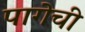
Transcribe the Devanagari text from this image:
पागेची